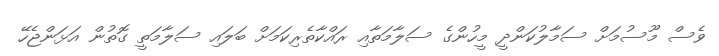
ވެސް މޫސުމަށް ސަމާލުކަންދީ މީހުންގެ ސަލާމަތާއި ރައްކާތެރިކަމަށް ބަލައި ސަލާމަތީ ގޮތުން އަޅަންޖެހޭ